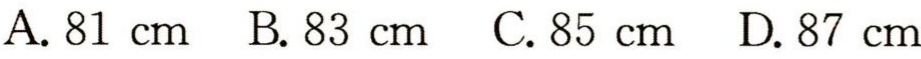
A. \(81\mathrm{cm}\)  B. \(83\mathrm{cm}\)  C. \(85\mathrm{cm}\)  D. \(87\mathrm{cm}\)